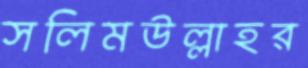
সলিমউল্লাহর